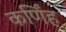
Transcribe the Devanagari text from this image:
कर्णिंह